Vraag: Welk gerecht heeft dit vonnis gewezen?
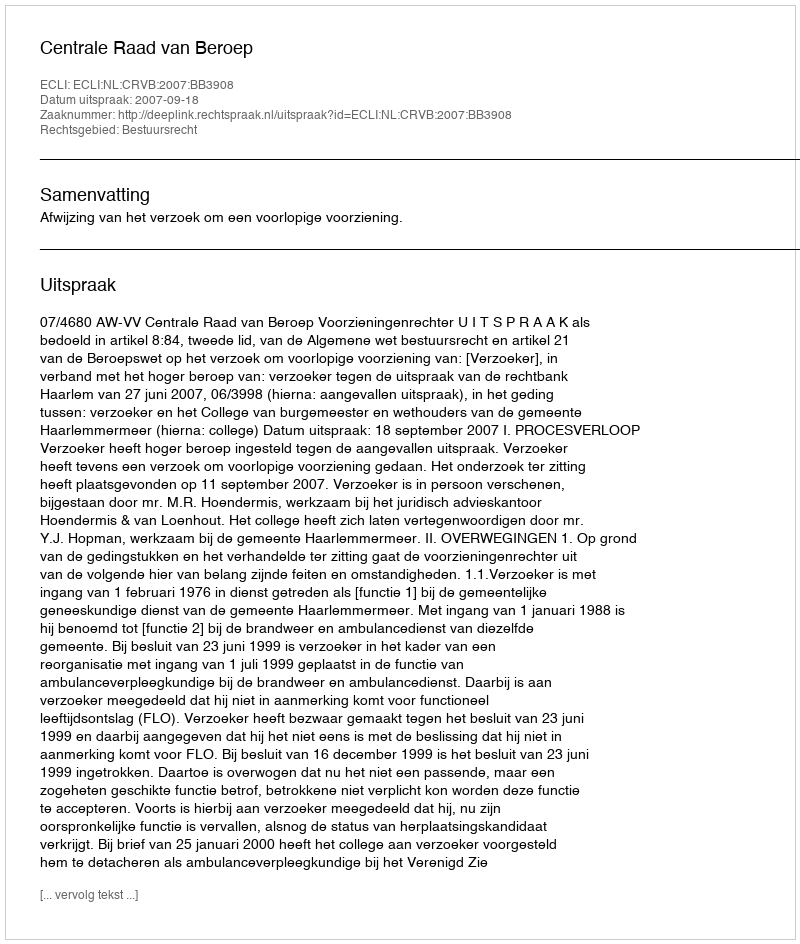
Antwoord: Centrale Raad van Beroep